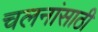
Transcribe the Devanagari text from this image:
चलनांसाठी